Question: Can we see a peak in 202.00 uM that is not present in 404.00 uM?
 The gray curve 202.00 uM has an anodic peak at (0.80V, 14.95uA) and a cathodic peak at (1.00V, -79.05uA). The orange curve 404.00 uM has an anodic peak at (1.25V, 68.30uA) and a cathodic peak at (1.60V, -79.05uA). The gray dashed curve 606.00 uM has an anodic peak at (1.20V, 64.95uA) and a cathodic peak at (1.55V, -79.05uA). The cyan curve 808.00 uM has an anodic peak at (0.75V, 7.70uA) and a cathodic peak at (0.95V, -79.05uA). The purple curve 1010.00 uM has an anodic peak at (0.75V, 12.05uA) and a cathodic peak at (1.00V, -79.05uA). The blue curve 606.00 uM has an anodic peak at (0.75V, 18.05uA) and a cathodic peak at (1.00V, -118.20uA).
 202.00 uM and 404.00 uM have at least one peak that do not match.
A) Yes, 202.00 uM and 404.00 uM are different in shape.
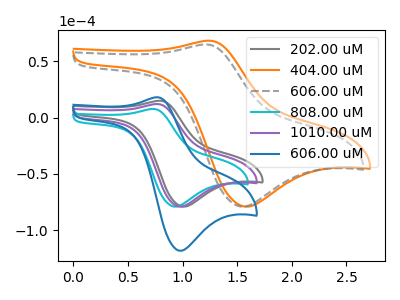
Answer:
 <answer>A) Yes, "202.00 uM" and "404.00 uM" are different in shape.</answer>
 <eval>A</eval>